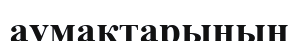
аумақтарының